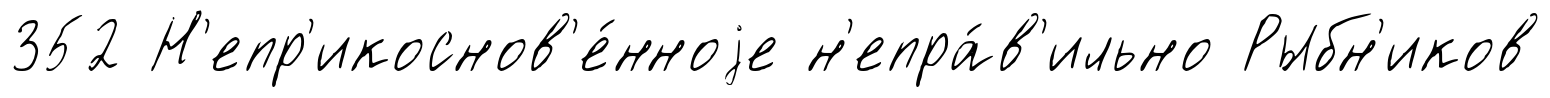
352 Н'епр'икоснов'е́нноjе н'епра́в'ильно Рыбн'иков